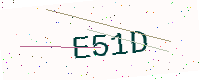
Text: E51D